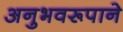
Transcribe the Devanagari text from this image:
अनुभवरूपाने